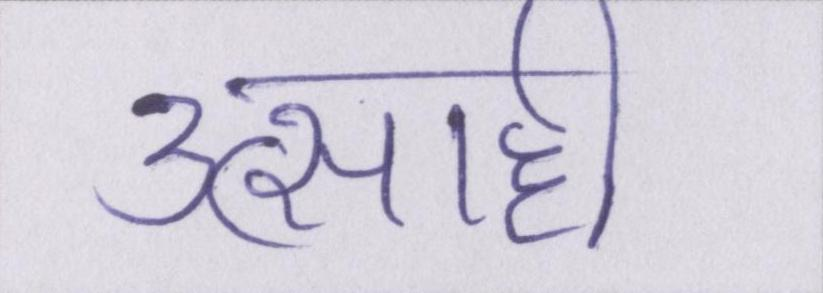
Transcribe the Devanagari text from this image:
उत्साही